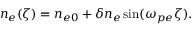
\begin{array} { r } { n _ { e } ( \zeta ) = n _ { e 0 } + \delta n _ { e } \sin ( \omega _ { p e } \zeta ) . } \end{array}